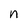
Character: n